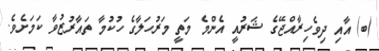
(ބ) އާއި ދިވެހިރާއްޖޭގެ ޝަރުއީ އެންމެ މަތީ މަރުހަލާގެ ހުކުމާ ތައާރުޒުވާ ކަމަށެވެ.